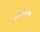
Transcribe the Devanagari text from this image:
इंग्रजांसाठीच